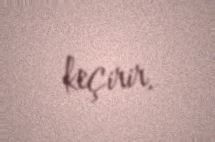
keçirir.